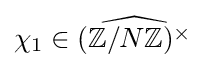
\chi _{1}\in {\widehat {(\mathbb {Z} /N\mathbb {Z} )^{\times }}}